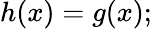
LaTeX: h(x)=g(x);